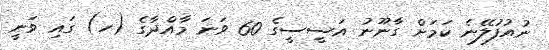
ނުއުފުލޭނެ ކަމަށް ގާނޫނު އަސީސީގެ 60 ވަނަ މާއްދާގެ (ހ) ގައި ވަނީ